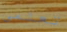
تعلمي